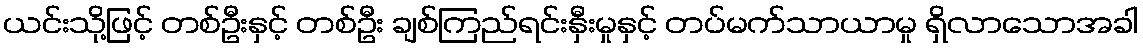
ယင်းသို့ဖြင့် တစ်ဦးနှင့် တစ်ဦး ချစ်ကြည်ရင်းနှီးမှုနှင့် တပ်မက်သာယာမှု ရှိလာသောအခါ